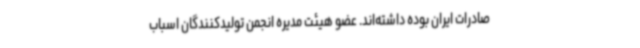
صادرات ایران بوده داشته‌اند. عضو هیئت مدیره انجمن تولیدکنندگان اسباب